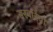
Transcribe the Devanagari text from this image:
सरबरिया